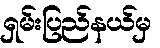
ရှမ်းပြည်နယ်မှ